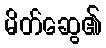
မိတ်ဆွေ၏